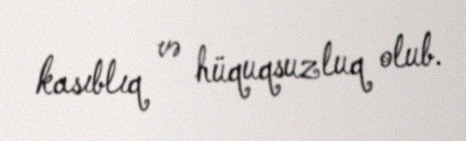
kasıblıq və hüquqsuzluq olub.